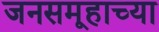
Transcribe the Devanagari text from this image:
जनसमूहाच्‍या